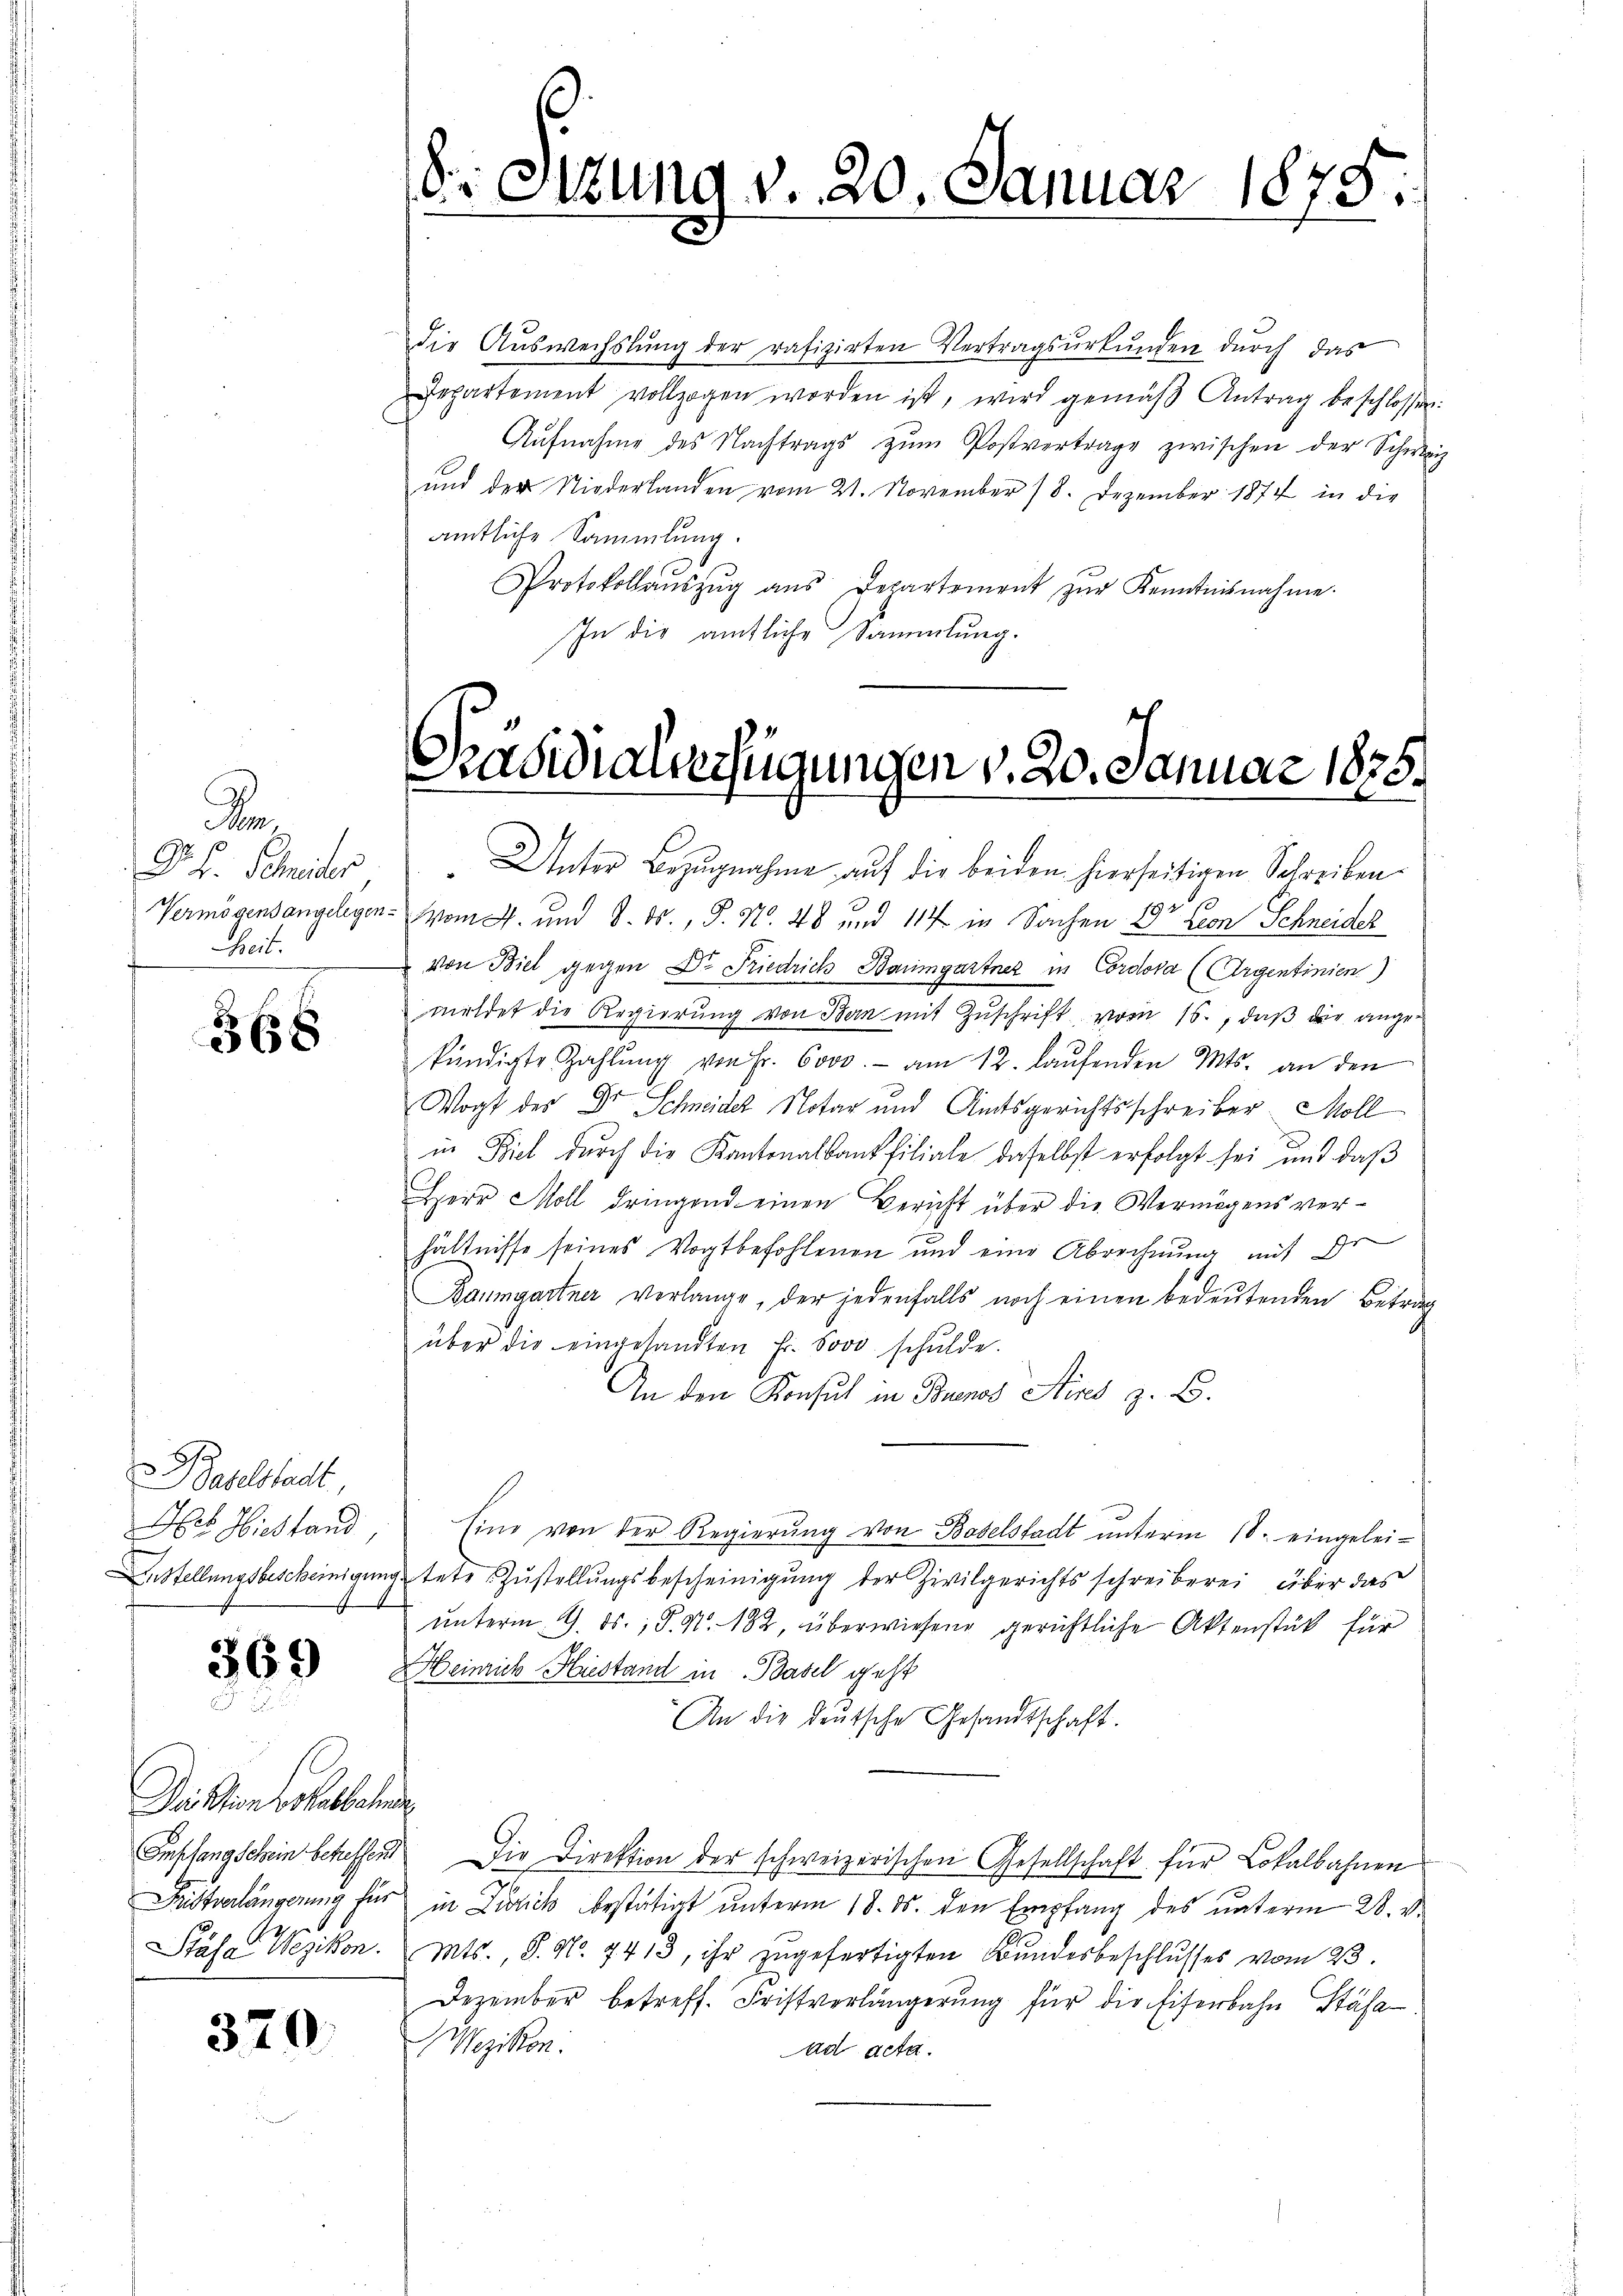
Da
D. B. Schneider
Zeit.
7

368

Baselstadt,
Hs. Hiestand
4

369

Deiktion vohabbahme

370.

die Aŭswechslung der rafizirten Vertragsŭrkŭnden durch das
Departement vollzogen worden ist, wird gemäβ Antrag beschlossen:
Aŭfnahme des Nachtrags zŭm Postvertrage zwischen der Schweiz
und der Niederlanden vom 21. November 18. Dezember 1874 in die
amtliche Sammlung.
Protokollaŭszŭg aŭs Departement zŭr Kenntnisnahme.
In die amtliche Sammlung.

18. Sitzung v. 20. Januar 1875.

Präsidiauerfügungen v. 20. Januar 1878.

Unter Bezugnahme auf die beiden hierseitigen Schreiben
Vermögensangelegen vom 4. und 8. ds., S. Nr. 48 und 114 in Sachen Dr Cron Schneider
von Biel gegen Dr. Friedrich Baumgartner in Cordova (Argentinien)
meldet die Regierung von Bern mit Zuschrift vom 16., daß der angekündigte Zahlŭng von Fr. 6000.- am 12. laŭfenden Mts. an den
Wogt des Dr Schneider Notar und Amtsgerichtsschreiber. Moll
in Biel durch die Kantonalbankfiliale daselbst erfolgt sei, und daß
Herr Moll dringend einen Bericht über die Vermögens verhältnisse seines Vogtbefohlenen und eine Abrechnung mit dr
Baumgartner verlange, der jedenfalls noch einen bedeŭtenden Betrag
über die eingesandten Fr. Sooo schŭlde.
An den Konsul in Buenos Aires z. B.
Eine von der Regierung von Bodelstadt unterm 18. eingelei¬
Anstellungsbescheinigung stete Zustellungsbescheinigung der Zivilgerichtsschreiberei über das
ŭnterm 9. ds. P. Nr. 182, überwiesend gerichtliche Aktenstück für
Heinrich Hiestand in Basel geht
An die deutsche Gesandtschaft.
Empfangschein betreffen. Die Direktion der schweizerischen Gesellschaft für Lokalbahnen
Fristverlängerung für in Zürich bestätigt ŭnterm 18. ds. den Empfang des unterm 28. v.
Stäfa Wezikon. Mts., S. No. 7413, ihr zŭgefertigten Bundesbeschlusses vom 23.
Dezember betreff. Fristverlängerŭng für die Eiferbahn Stäfa¬
Wezikon:
ad acta.